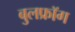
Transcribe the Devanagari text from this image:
बुलफ्रॉग